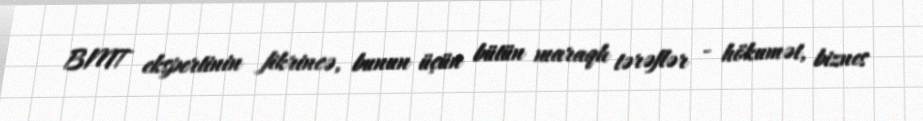
BMT ekspertinin fikrincə, bunun üçün bütün maraqlı tərəflər - hökumət, biznes